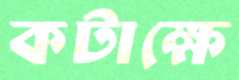
কটাক্ষে